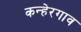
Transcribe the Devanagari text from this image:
कन्हेरगाव